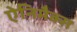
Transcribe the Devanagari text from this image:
ऐनिमैक्स